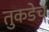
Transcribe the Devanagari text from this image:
तुकडेच